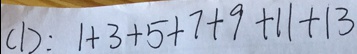
( 1 ) : 1 + 3 + 5 + 7 + 9 + 1 1 + 1 3